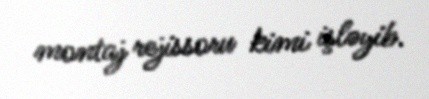
montaj rejissoru kimi işləyib.